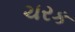
ચરક